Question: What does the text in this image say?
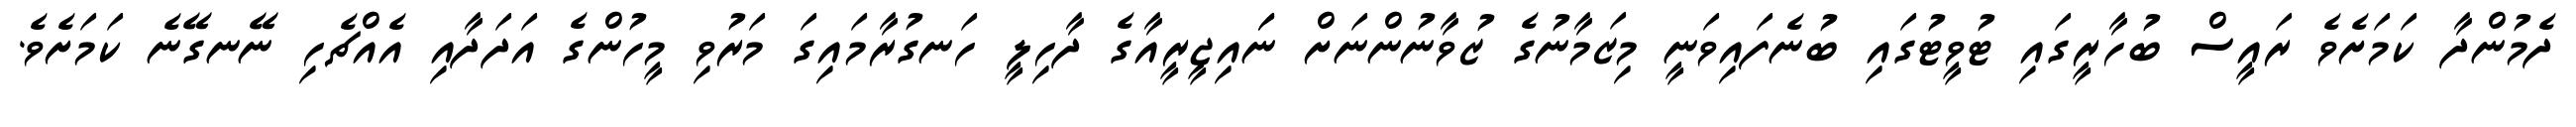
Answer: ދެމުންދާ ކަމަށެވެ ރައީސް ބުހާރީގައި ޓުވީޓުގައި ބުނެފައިވަނީ މިޒަމާނުގެ ޒުވާނުންނަށް ނަައިޖީރީއާގެ ދާހިލީ ހަނގުރާމައިގަ މަރުވި މީހުންގެ އަދަދާއި އެއްޗެހި ނޭނގޭނެ ކަމަށެވެ.